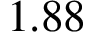
1 . 8 8